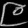
Digit: ၉